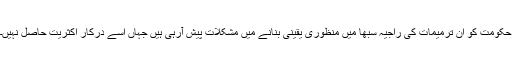
حکومت کو ان ترمیمات کی راجیہ سبھا میں منظوری یقینی بنانے میں مشکلات پیش آرہی ہیں جہاں اسے درکار اکثریت حاصل نہیں۔